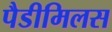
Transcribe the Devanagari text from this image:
पैडीमिलस